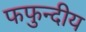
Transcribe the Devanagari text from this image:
फफुन्दीय